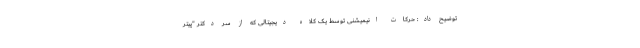
توضیح داد: حرکات انیمیشنی توسط یک کلاه دیجیتالی که از سر دکتر "پیتر